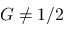
G \neq 1 / 2